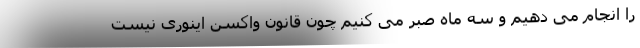
را انجام می دهیم و سه ماه صبر می کنیم چون قانون واکسن اینوری نیست